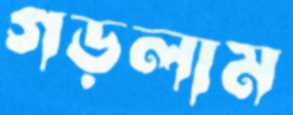
গড়লাম